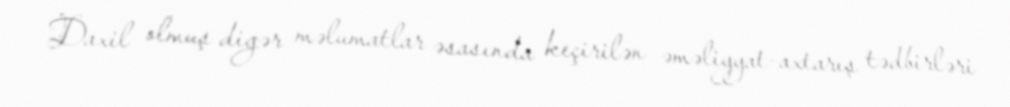
Daxil olmuş digər məlumatlar əsasında keçirilən əməliyyat-axtarış tədbirləri